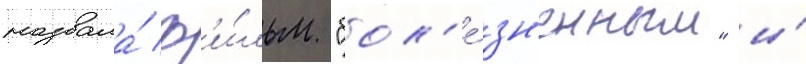
назвала́ ф'и́льм "бол'е́зн'енным" и́